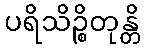
ပရိသိဉ္စိတုန္တိ